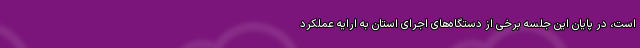
است، در پایان این جلسه برخی از دستگاه‌های اجرای استان به ارایه عملکرد